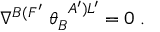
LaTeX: \nabla ^ { B ( F ^ { \prime } } \; \theta _ { B } ^ { \; \; A ^ { \prime } ) L ^ { \prime } } = 0 \; .